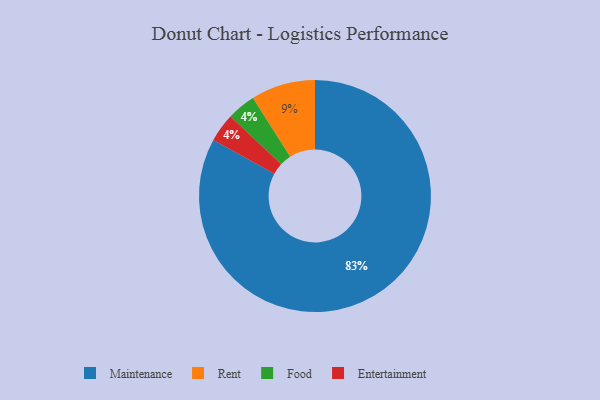
{"axis": {"x": "Category", "y": "Percentage"}, "legend": ["Entertainment", "Food", "Maintenance", "Rent"], "data": [{"x": "Maintenance", "y": 83, "type": "Maintenance"}, {"x": "Rent", "y": 9, "type": "Rent"}, {"x": "Food", "y": 4, "type": "Food"}, {"x": "Entertainment", "y": 4, "type": "Entertainment"}]}